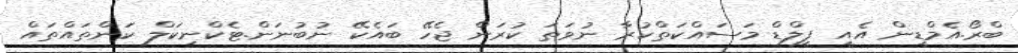
ބްރޯ.އެމްޑީން އެއީ ފީލްޑް މަސައްކަތްކުރާ ނުވަތަ ކުރަން ޖެހޭ ބައެކޭ ނުބުނަން.ޓެކްނިކަލް ކަންތައްތައް